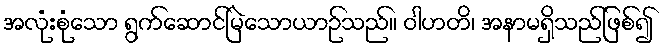
အလုံးစုံသော ရွက်ဆောင်မြဲသောယာဉ်သည်။ ဝါဟတိ၊ အနာမရှိသည်ဖြစ်၍